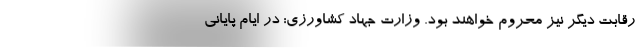
رقابت دیگر نیز محروم خواهند بود. وزارت جهاد کشاورزی: در ایام پایانی